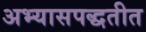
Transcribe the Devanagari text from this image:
अभ्यासपद्धतीत